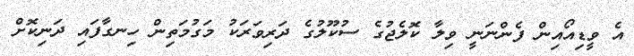
އެ ވީޑިއޯއިން ފެންނަނީ ވިލާ ކޮލެޖުގެ ސުކޫލުގެ ދަރިވަރަކު މަގުމަތިން ހިނގާފައި ދަނިކޮށް